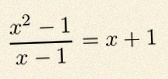
\frac{x^2-1}{x-1}=x+1